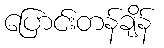
ပြောင်းတန်ချိန်